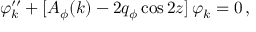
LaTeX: \varphi _ { k } ^ { \prime \prime } + [ A _ { \phi } ( k ) - 2 q _ { \phi } \cos 2 z ] \, \varphi _ { k } = 0 \, ,